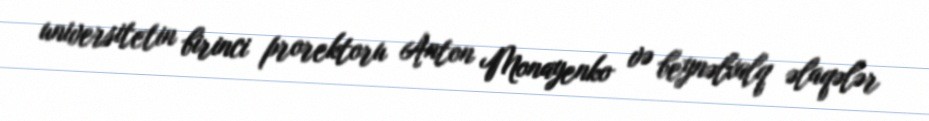
universitetin birinci prorektoru Anton Monayenko və beynəlxalq əlaqələr